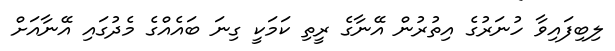
ލިބިފައިވާ ހުނަރުގެ އިތުރުން އޭނާގެ ރީތި ކަމަކީ ގިނަ ބައެއްގެ މެދުގައި އޭނާއަށް